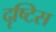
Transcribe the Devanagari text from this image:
दृष्टिस